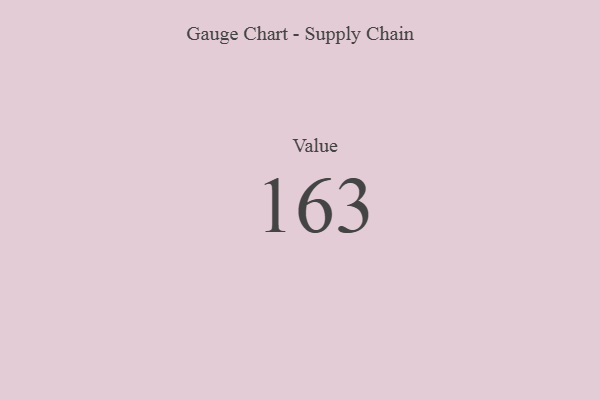
{"axis": {"x": "Metric", "y": "Value"}, "legend": [""], "data": [{"x": "Value", "y": 163, "type": ""}]}